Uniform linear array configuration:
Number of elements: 48
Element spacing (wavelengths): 0.25
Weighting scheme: blackman
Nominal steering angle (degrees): -30
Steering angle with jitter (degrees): -30.036
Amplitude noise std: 0.05
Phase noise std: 0.05

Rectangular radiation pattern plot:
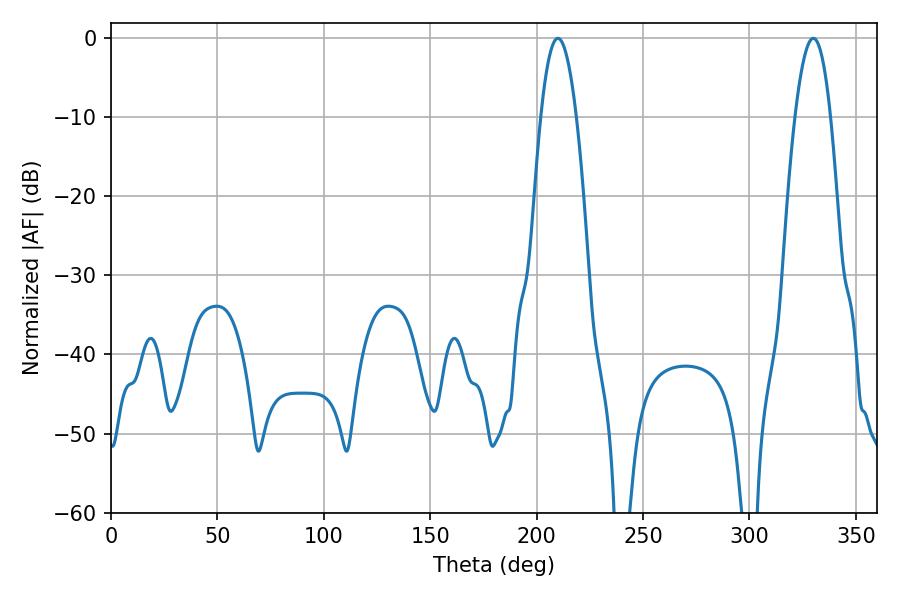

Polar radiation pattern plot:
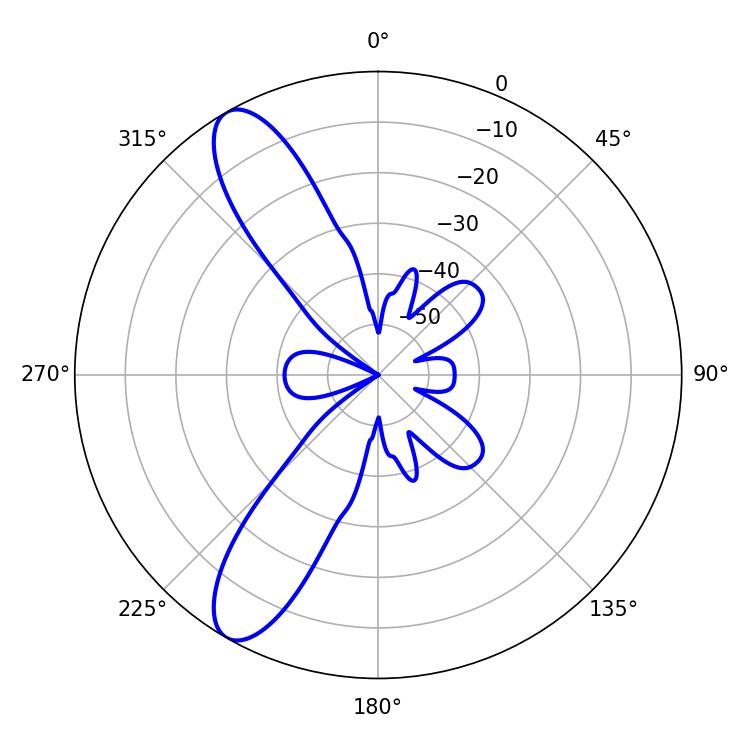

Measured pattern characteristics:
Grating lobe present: FALSE
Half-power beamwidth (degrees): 9.18
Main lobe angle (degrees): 329.94